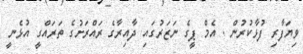
ވިޔަފާރި ފުޅާކުރުން . އެމް ޕީގެ ނަޒަރުގައި ދާއިރާގެ ރައްރަށުގެ ތަރައްގީ އުޅެނީ